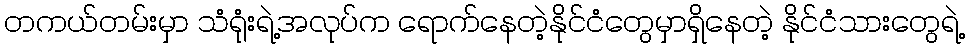
တကယ်တမ်းမှာ သံရုံးရဲ့အလုပ်က ရောက်နေတဲ့နိုင်ငံတွေမှာရှိနေတဲ့ နိုင်ငံသားတွေရဲ့